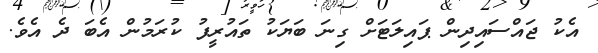
އެކު ޖައްސައިދިން ޕައިލަޓަށް ގިނަ ބަޔަކު ތައުރީފު ކުރަމުން އެބަ ދެ އެވެ.